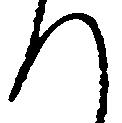
へ